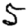
Digit: 5